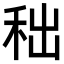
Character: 𥞃